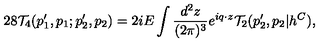
2 8 { \cal T } _ { 4 } ( p _ { 1 } ^ { \prime } , p _ { 1 } ; p _ { 2 } ^ { \prime } , p _ { 2 } ) = 2 i E \int \frac { d ^ { 2 } z } { ( 2 \pi ) ^ { 3 } } e ^ { i q \cdot z } { \cal T } _ { 2 } ( p _ { 2 } ^ { \prime } , p _ { 2 } | h ^ { C } ) ,